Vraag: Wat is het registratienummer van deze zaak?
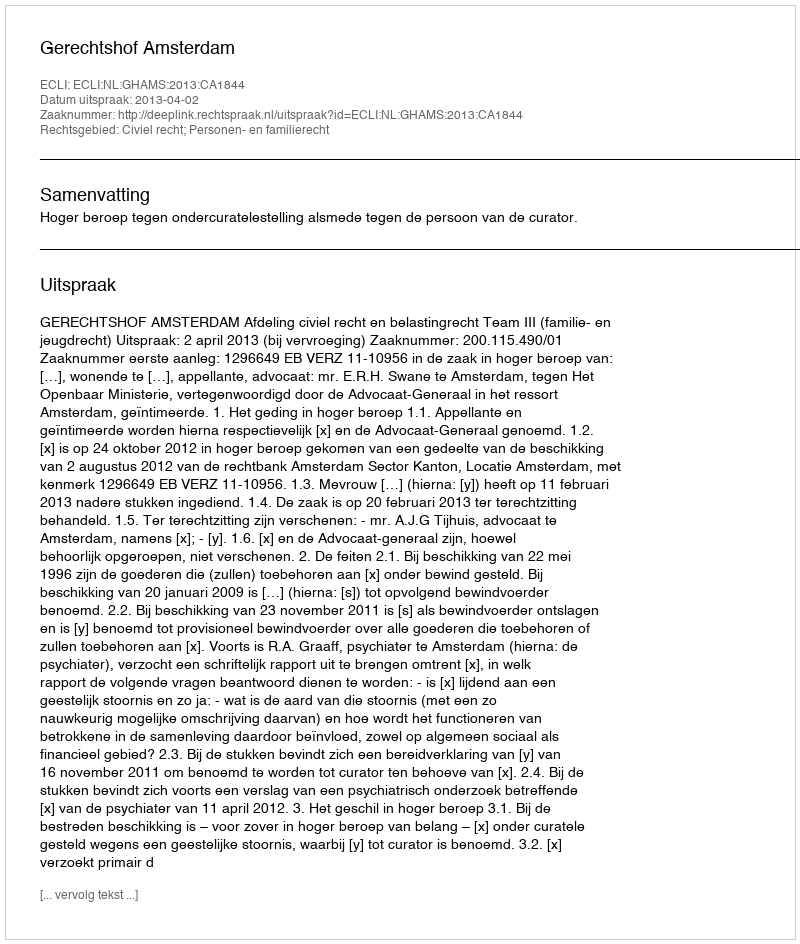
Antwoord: http://deeplink.rechtspraak.nl/uitspraak?id=ECLI:NL:GHAMS:2013:CA1844